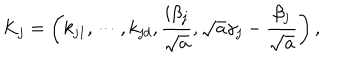
K _ { j } = \left( k _ { j 1 } , \cdots , k _ { j d } , \frac { i \beta _ { j } } { \sqrt { a } } , \sqrt { a } \gamma _ { j } - \frac { \beta _ { j } } { \sqrt { a } } \right) ,